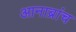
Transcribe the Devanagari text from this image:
आनाब्रांच